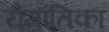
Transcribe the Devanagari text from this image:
रोमांतिका